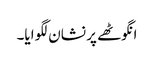
انگوٹھے پر نشان لگوایا۔